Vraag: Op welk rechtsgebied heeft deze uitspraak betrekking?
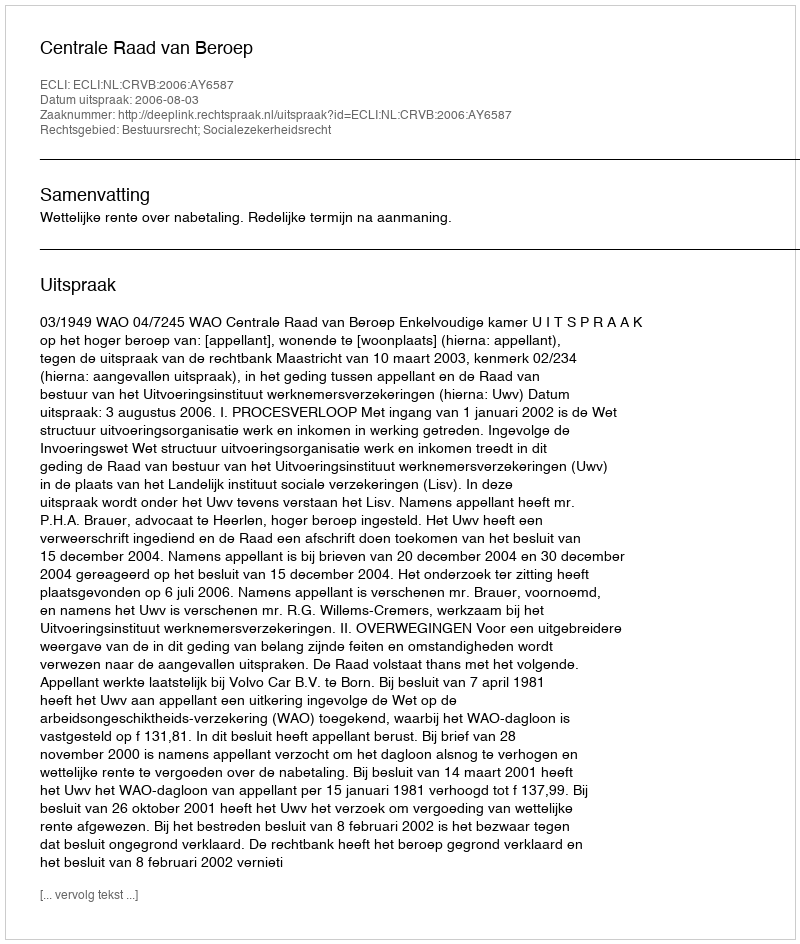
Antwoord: Bestuursrecht; Socialezekerheidsrecht